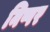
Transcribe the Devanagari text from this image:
निप्पर